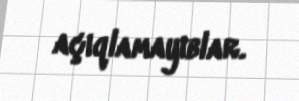
açıqlamayıblar.